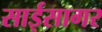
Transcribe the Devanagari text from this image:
साईसागर